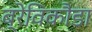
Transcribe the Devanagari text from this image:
ब्रेविकौडा